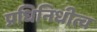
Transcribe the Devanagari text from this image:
प्रधिनिधीत्व